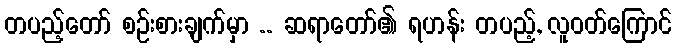
တပည့်တော် စဉ်းစားချက်မှာ .. ဆရာတော်၏ ရဟန်း တပည့်, လူဝတ်ကြောင်